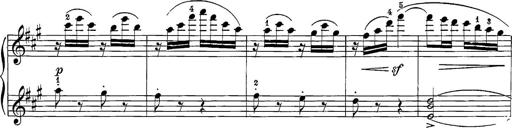
Title: 12 Sonatine per Pianoforte
Composer: Friedrich Kuhlau